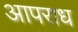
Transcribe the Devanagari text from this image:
आपराध